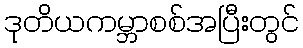
ဒုတိယကမ္ဘာစစ်အပြီးတွင်